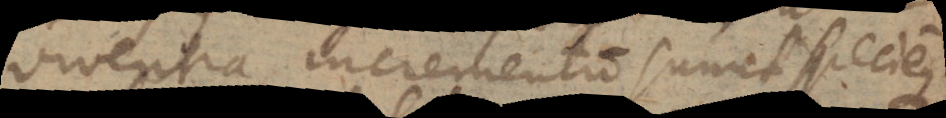
viventia incrementum sumit speciemque